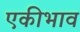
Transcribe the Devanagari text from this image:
एकीभाव